Vaccine operations Central Provinces 1868-1885 - 1868-1885
Year: 1868
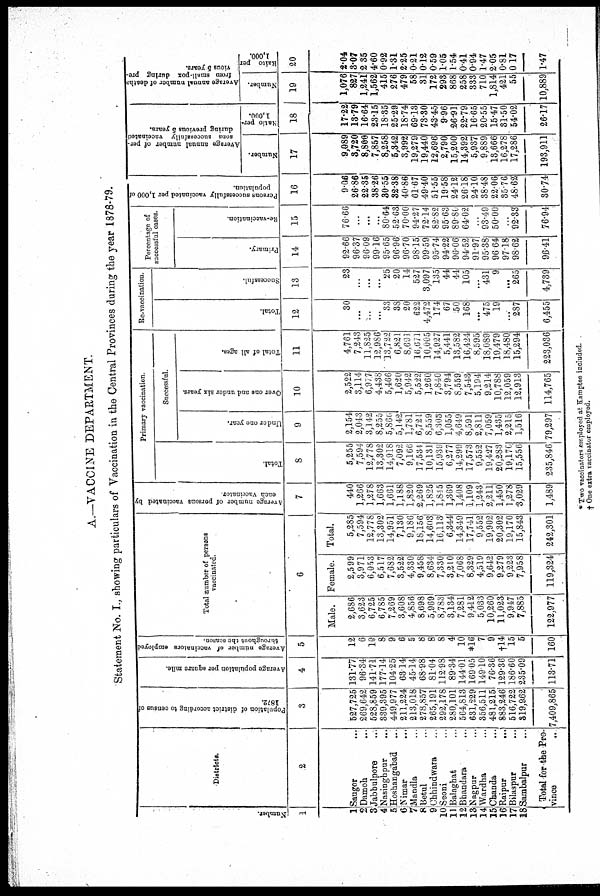
A.—VACCINE DEPARTMENT.
Statement No. I., showing particulars of Vaccination in the Central Provinces during the year 1878.79.
Number.
1
1
2
3
4
5
6
7
8
9
10
11
12
13
14
15
16
17
18
Districts.
2
Saugor... ...
Damoh...
...
Jabbulpore... ...
Nasinghpur... ...
Hoshangahad... ...
Nimar... ...
Mandla... ...
Betul... ...
Chhindwara... ...
Seoni... ...
Balaghat... ...
Bhandara... ...
Nagpur... ...
Wardha... ...
Chanda... ...
Raipur...
...
Bilaspur... ...
Sambalpur... ...
Total for the Pro-
vince
..
Population of district according to census of
1872.
3
527,725
269,642
528,859
339,395
449,977
211,224
213,018
278,857
265,191
292,178
280,101
564,813
631,229
356,511
481,215
883,246
516,722
319,962
7,409,865
Average population per square mile.
4
131.77
96.34
141.71
177.14
104.25
63.14
45.14
68.98
81.04
112.98
89.34
144.01
169.05
149.10
76.36
129.36
186.60
235.09
113.71
Average number of vaccinators employed
throughout the season.
5
12
6
10
8
9
6
5
8
8
8
4
10
*16
7
9
†l4
15
5
160
Total number of persons
vaccinated.
6
Male.
2,686
3,623
6,725
6,785
7,269
3,608
4,856
8,698
5,969
8,783
3,134
7,281
9,412
5,033
10,260
11,023
9,947
7,885
122,977
Female.
2,599
3,971
6,053
6,517
7,682
3,522
4,330
9,458
8,634
7,330
3,210
7,068
8,329
4,519
9,642
9,279
9,223
7,958
119,324
Total.
5,285
7,594
12,778
13,302
14,951
7,130
9,186
18,156
14,603
16,113
6,344
14,349
17,741
9,552
19,902
20,302
19,170
15,843
242,301
Average number of persons vaccinated by
each vaccinator
7
440
1,266
1,278
1,663
1,661
1,188
1,820
2,269
1,825
1,845
1,369
1,408
1,109
1,243
2,211
1,450
1,278
3,029
1,489
Primary vaccination.
Successful.
Total.
8
5,255
7,594
12,778
13,302
14,918
7,092
9,166
17,534
10,131
15,939
6,277
14,299
17,573
9,552
19,427
20,283
19,170
15,556
235,846
Under one year.
9
2,154
2,043
3,142
8,255
5,860
5,142
1,781
6,721
8,559
6,303
1,055
4,649
8,591
2,811
7,059
1,435
2,215
1,516
79,297
Over one and under six years.
10
2,522
3,114
6,977
4,438
5,466
1,620
5,942
5,522
1,260
7,840
3,794
8,559
7,543
5,194
9,214
10,788
12,059
12,913
114,765
Total of all ages.
11
4,761
7,243
11,825
12,986
13,722
6,821
8,691
16,671
10,005
14,927
5,441
13,582
16,424
8,595
18,089
19,479
18,480
15,294
223,036
Re-vaccination.
Total.
12
30
...
...
...
33
38
20
622
4,472
174
67
50
168
...
475
19
...
287
6,455
Successful.
13
23
...
...
...
25
20
14
527
3,097
135
44
44
105
...
431
9
...
265
4,739
Percentage of
successful cases.
Primary.
14
92.66
96.37
96.09
99.16
95.65
96.96
96.70
98.15
99.59
95.74
94.22
96.06
94.52
91.97
95.38
96.64
97.18
98.62
96.41
Re-vaccination.
15
76.66
...
...
...
80.64
52.63
70.00
94.27
72.14
82.82
95.63
89.80
64.02
...
93.49
50.00
...
92.33
76.94
Persons successfully vaccinated per 1,000 of
population.
16
9.06
26.86
22.35
38.26
30.55
32.38
40.86
61.67
49.40
51.55
19.58
24.12
26.18
24.10
38.48
22.06
35.76
4.8.62
30.74
Average annual number of per-
sons successfully
vaccinated
during previous 5 years.
Number.
17
9,089
3,720
8,800
7,857
8,258
5,342
3,992
19,279
19,440
12,696
2,790
15,200
14,392
5,937
9,889
13,666
16,278
17,286
193,911
Ratio per.
1,000.
18
17.22
13.79
16.64
23.15
18.35
25.29
18.74
69.13
73.30
43.45
9.96
26.91
22.79
16.65
20.55
15.47
31.50
54.02
26.17
Average annual number of deaths
from small-pox during pre.
vious 5 years.
Number.
19
1,076
827
1,241
1,562
415
276
479
58
31
172
293
868
258
333
710
1,814
421
55
10,889
Raito per
1,000.
20
2.04
3.07
2.35
4.60
0.92
1.31
2.25
0.21
0.12
0.59
1.05
1.54
0.41
0.94
1.47
2.05
0.81
0.17
1.47
*Two vaccinators employed at Kamptee included,
† One extra vaccinator employed.